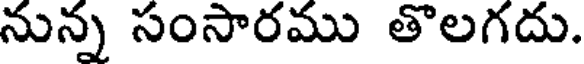
నున్న సంసారము తొలగదు.